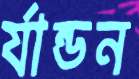
র‍্যান্ডন